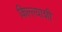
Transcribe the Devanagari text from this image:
किल्ल्याशी